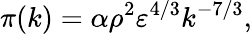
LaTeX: \pi(k)=\alpha\rho^{2}\varepsilon^{4/3}k^{-7/3},